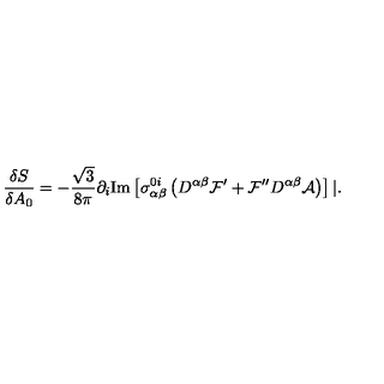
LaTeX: \frac { \delta S } { \delta A _ { 0 } } = - \frac { \sqrt { 3 } } { 8 \pi } \partial _ { i } \mathrm { I m } \left[ \sigma _ { \alpha \beta } ^ { 0 i } \left( D ^ { \alpha \beta } { \cal F } ^ { \prime } + { \cal F } ^ { \prime \prime } D ^ { \alpha \beta } { \cal A } \right) \right] | .